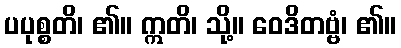
ပပုစ္စတိ၊ ၏။ ဣတိ၊ သို့။ ဝေဒိတဗ္ဗံ၊ ၏။